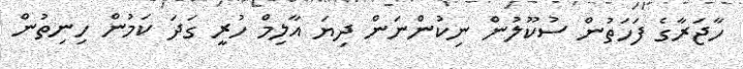
ހާޖަރާގެ ފަހަތުން ސުކޫލުން ނިކުންނަން ދިޔަ އާލިމް ހުރީ ގަދަ ކަމުން ހިނިތުން